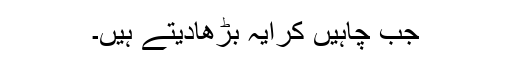
جب چاہیں کرایہ بڑھادیتے ہیں۔